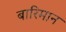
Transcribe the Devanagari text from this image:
बारिमान